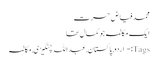
محمد فیاض حسرت
ایک مکالمہ جو کمال تھا
Tags:- اردو, پاکستان, عبداللہ چنگیزی, مکالمہ